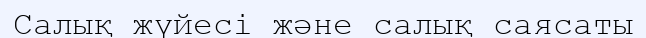
Салық жүйесі және салық саясаты